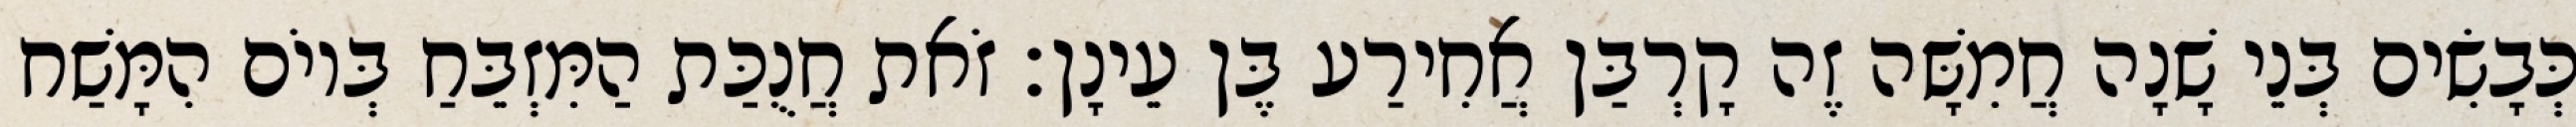
כְּבָשִׂים בְּנֵי שָׁנָה חֲמִשָּׁה זֶה קָרְבַּן אֲחִירַע בֶּן עֵינָן׃ זֹאת חֲנֻכַּת הַמִּזְבֵּחַ בְּיוֹם הִמָּשַׁח